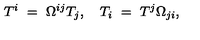
T ^ { i } \ = \ \Omega ^ { i j } T _ { j } , \quad T _ { i } \ = \ T ^ { j } \Omega _ { j i } ,